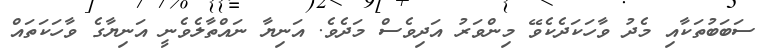
ސަބަބުތަކާއި މެދު ވާހަކަދެކެވޭ މިންވަރު އަދިވެސް މަދެވެ. އަނިޔާ ނައްތާލެވެނީ އަނިޔާގެ ވާހަކަތައް